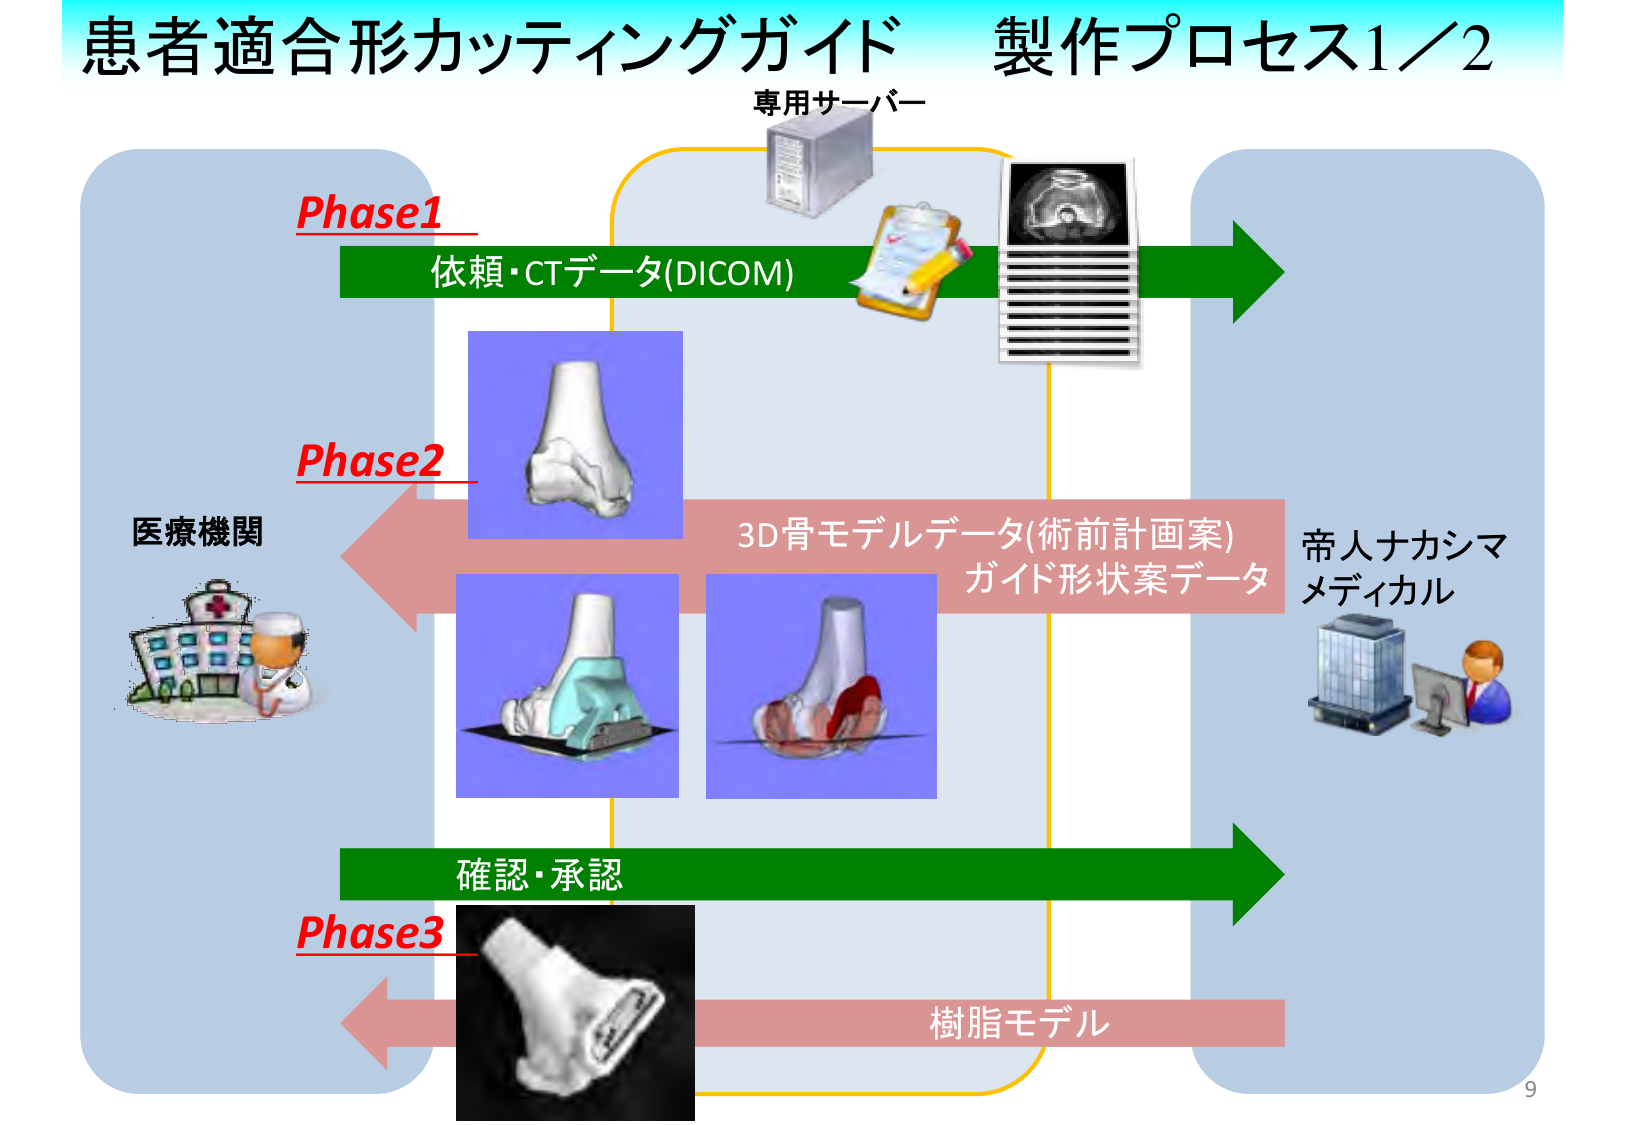
患者適合形カッティングガイド 製作プロセス1／2
専用サーバー
Phase1
依頼・CTデータ(DICOM)
Phase2
医療機関
3D骨モデルデータ(術前計画案)
ガイド形状案データ
帝人ナカシマ
メディカル
Phase3
確認・承認
樹脂モデル
9